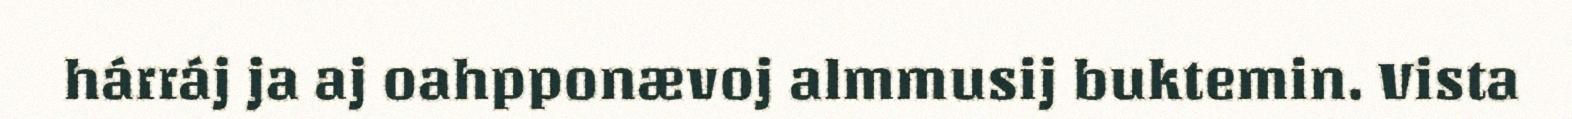
hárráj ja aj oahpponævoj almmusij buktemin. Vista